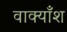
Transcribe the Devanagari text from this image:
वाक्याँश